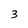
Character: 3